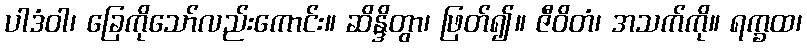
ပါဒံဝါ၊ ခြေကိုသော်လည်းကောင်း။ ဆိန္ဒိတွာ၊ ဖြတ်၍။ ဇီဝိတံ၊ အသက်ကို။ ရက္ခထ၊